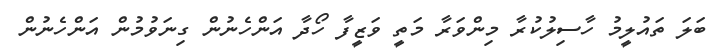
ބަލަ ތައުލީމު ހާސިލުކުރާ މިންވަރާ މަތީ ވަޒީފާ ހޯދާ އަންހެނުން ގިނަވުމުން އަންހެނުން